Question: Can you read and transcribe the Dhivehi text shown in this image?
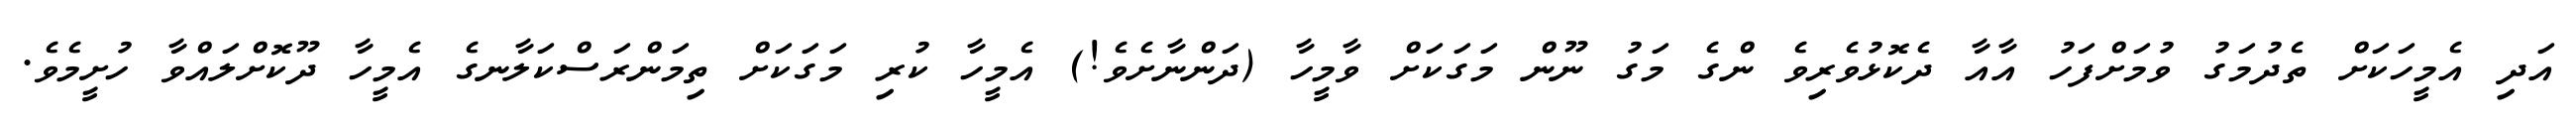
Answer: އަދި އެމީހަކަށް ތެދުމަގު ވުމަށްފަހު އާއާ ދެކޮޅުވެރިވެ ންގެ މަގު ނޫން މަގަކަށް ވާމީހާ (ދަންނާށެވެ!) އެމީހާ ކުރި މަގަކަށް ތިމަންރަސްކަލާނގެ އެމީހާ ދޫކޮށްލައްވާ ހުށީމެވެ.